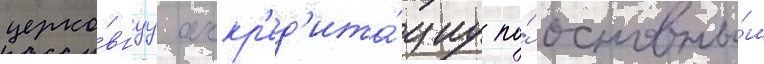
церко́внуу аккр'ед'ита́циу по́ основны́м